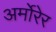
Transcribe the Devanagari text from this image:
अर्मोरेर